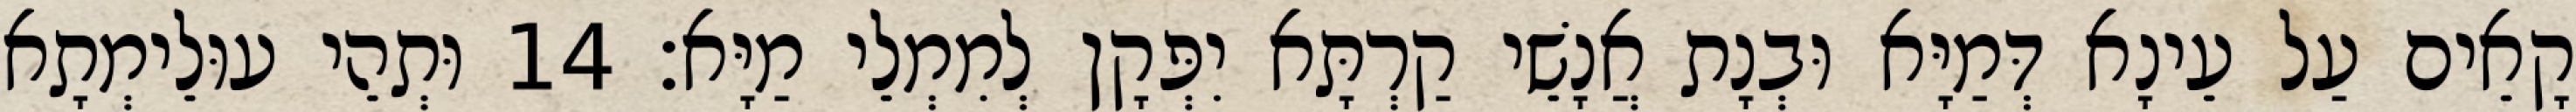
קָאֵים עַל עֵינָא דְּמַיָּא וּבְנָת אֲנָשֵׁי קַרְתָּא יִפְּקָן לְמִמְלֵי מַיָּא׃ 14 וּתְהֵי עוּלֵימְתָא